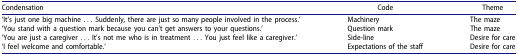
| Condensation | Code | Theme |
 | --- | --- | --- |
 | ‘It’s just one big machine ... Suddenly, there are just so many people involved in the process.’ | Machinery | The maze |
 | ‘You stand with a question mark because you can’t get answers to your questions.’ | Question mark | The maze |
 | ‘You are just a caregiver ... It’s not me who is in treatment ... You just feel like a caregiver.’ | Side-line | Desire for care |
 | ‘I feel welcome and comfortable.’ | Expectations of the staff | Desire for care |